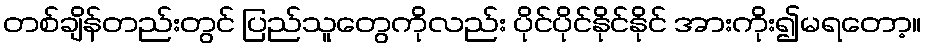
တစ်ချိန်တည်းတွင် ပြည်သူတွေကိုလည်း ပိုင်ပိုင်နိုင်နိုင် အားကိုး၍မရတော့။